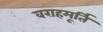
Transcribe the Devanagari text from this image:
वराहमूर्ति